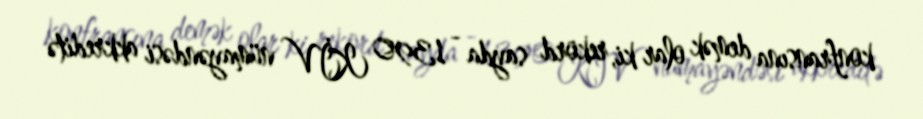
konfransına demək olar ki, rekord sayda - 1390 KİV nümayəndəsi akkreditə